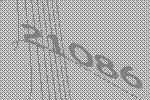
21086